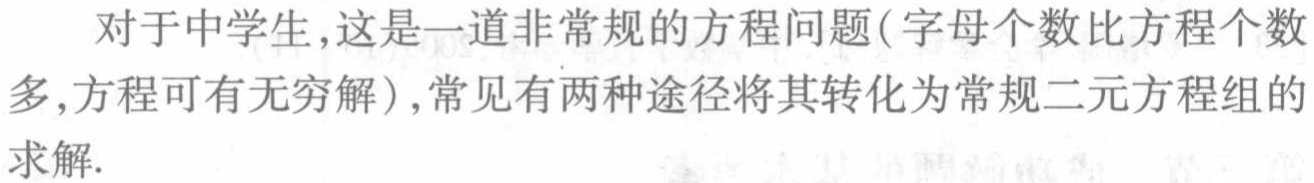
对于中学生,这是一道非常规的方程问题(字母个数比方程个数多,方程可有无穷解),常见有两种途径将其转化为常规二元方程组的求解.